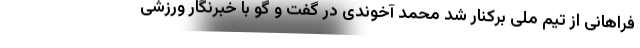
فراهانی از تیم ملی برکنار شد محمد آخوندی در گفت و گو با خبرنگار ورزشی